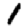
Digit: 1